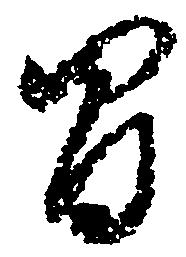
間